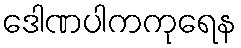
ဒေါဏပါကကုရေန